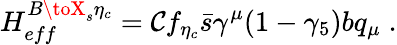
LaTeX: H_{eff}^{B\toX_{s}\eta_{c}}=\mathcal{C}f_{\eta_{c}}\bar{{s}}\gamma^{\mu}(1-\gamma_{5})bq_{\mu}\; .